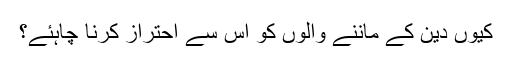
کیوں دین کے ماننے والوں کو اس سے احتراز کرنا چاہئے؟